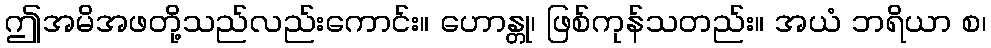
ဤအမိအဖတို့သည်လည်းကောင်း။ ဟောန္တု၊ ဖြစ်ကုန်သတည်း။ အယံ ဘရိယာ စ၊